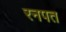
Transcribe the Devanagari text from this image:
रनपत